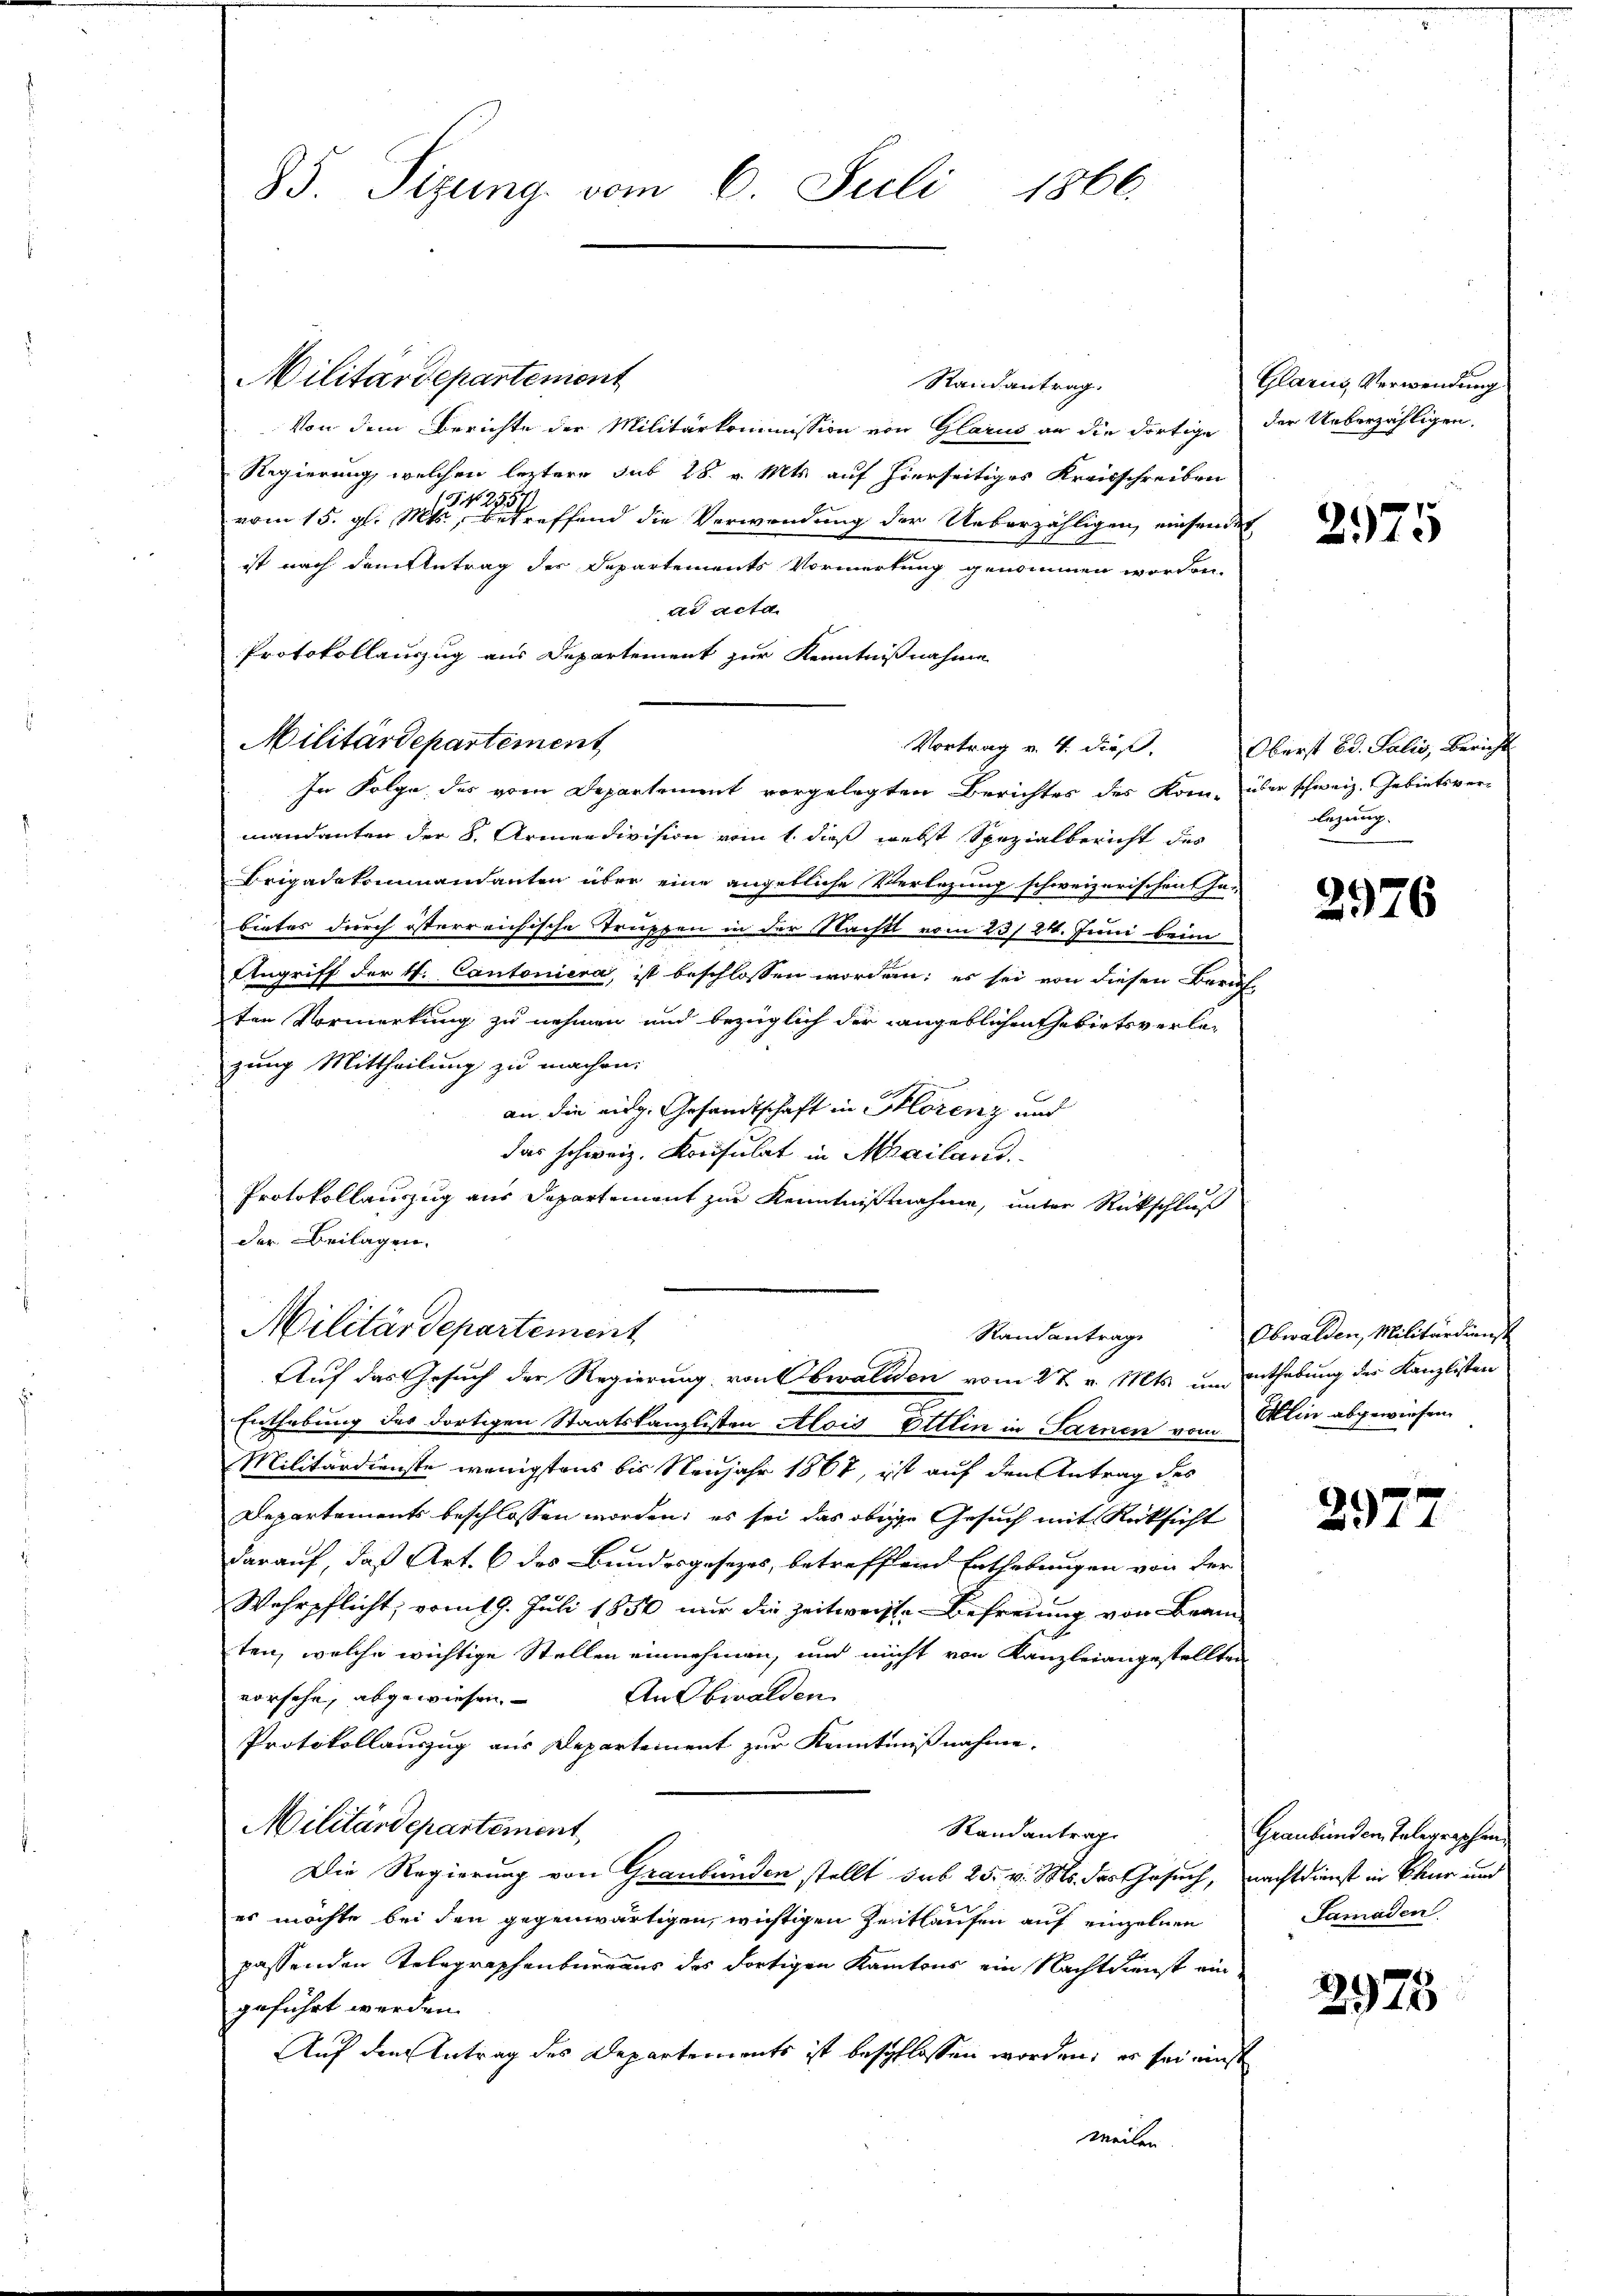
85. Sizung vom 6. Juli 1866.

Militärdepartement
Randantrag.
Von dem Berichte der Militärkommission von Glarus an die dortige der Ueberzähligen.
Regierung, welchen leztere sub 28. v. Mts. auf hierseitiges Kreisschreiben
I. 42
257
vom 15. gl. Mts., betreffend die Verwendung der Ueberzähligen einsendet
ist nach dem Antrag der Departements Vormerkung genommen worden.
ad acta.
Protokollauszug aus Departement zur Kenntnißnahme
In Folge des vom Departement vorgelegten Berichtes des Kom- über schweiz. Gebietsver-
mandanten der 8. Armendivision vom 1. dieß webst Spezialbericht des
Brigadekommandanten über eine angebliche Verlegung schweizerischen In-
bietes durch österreichische Truppen in der Nacht vom 23/24. Juni beim
Angriff der 14. Cantoniera, ist beschlossen worden; es sei von diesen Beruf
ten Vormerkung zu nehmen und bezüglich der angeblichen Gebietsverlezung Mittheilung zu machen.
an die vig. Gesandtschaft in Florenz und
das schweiz. Konsulat in Mailand
Protokollauszug aus Departement zur Kenntnißnahme, unter Rückschluß
der Beilagen.
Militärdepartement
Standantrage
Auf das Gesuch der Regierung von Obwalden vom 27 v. Mts. um enthebung der Kanzlisten
Enthebung des dortigen Staatskanzlisten Alois Ottlin in Sarnen vom Allin abgewiesen.
Militärdienste wenigstens bis Neujahr 1868, ist auf den Antrag des
Departements beschlossen worden; es sei das obrige Gesuch mit Rücksicht
darauf, daß Art. 6 des Bundesgesezes, betreffend Enthebungen von der
Wehrpflicht, vom 19. Juli 1850 nur die Zeitweisse Befreung von Beam
ten, welche wichtige Stellen einnehmen, und nicht von Kanzleiangestellten
vorsehe, abgewiesen. An Obwalden
Protokollauszug aus Departement zur Kenntnißnahme.
Militärdepartement
Randantrag
Die Regierung von Graubünden stellt sub 25. v. Ms. des Gesuch, nachtdienst in Chur und
es möchte bei den gegenwärtigen, wichtigen Zeitlaufen auf einzelnen
passenden Telegraphenbureaus des Fortigen Kantons ein Nachtkunst ein
geführt werden.
Auf den Antrag des Departements ist beschlossen worden, er sei einst
weilen

Militärdepartement

Vortrag v. 4. dieß,

Glarus, Verwendung

2975

Oberst Bd. Salis, Bericht
legung.

2976

Obwalden, Militärdienst

297

Graubünden, Telegraphen.
Samaden

2975